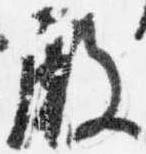
殿